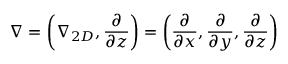
\nabla = \left( \nabla _ { 2 D } , \frac { \partial } { \partial z } \right) = \left( \frac { \partial } { \partial x } , \frac { \partial } { \partial y } , \frac { \partial } { \partial z } \right)